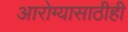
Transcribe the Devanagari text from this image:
आरोग्यासाठीही